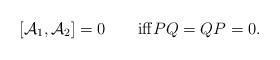
LaTeX: \begin{align*}[\mathcal{A}_1,\mathcal{A}_2]=0 \qquad\mathrm{iff} PQ=QP=0.\end{align*}